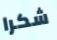
شكرا